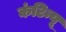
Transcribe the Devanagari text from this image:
कंटिन्यू